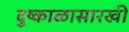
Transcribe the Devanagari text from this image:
दुष्काळासारखी